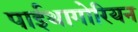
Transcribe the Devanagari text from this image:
पाईथागोरियन